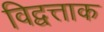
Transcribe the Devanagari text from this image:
विद्वत्ताक